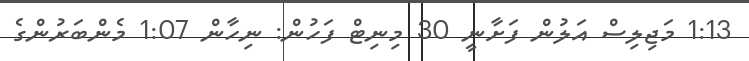
1:13 މަޖިލިސް އަލުން ފަށާނީ 30 މިނިޓް ފަހުން: ނިހާން 1:07 މެންބަރުންގެ